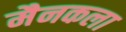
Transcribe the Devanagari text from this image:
मैनकला